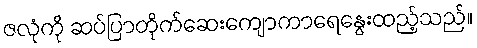
ဇလုံကို ဆပ်ပြာတိုက်ဆေးကျောကာရေနွေးထည့်သည်။